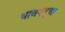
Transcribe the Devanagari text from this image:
धावपटूचा